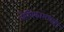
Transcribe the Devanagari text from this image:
लेखिकांमध्येही